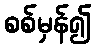
စစ်မှန်၍